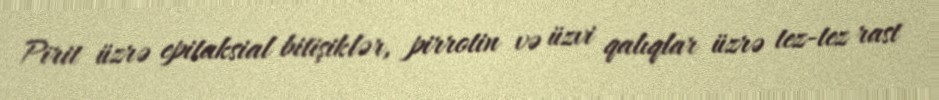
Pirit üzrə epitaksial bitişiklər, pirrotin və üzvi qalıqlar üzrə tez-tez rast